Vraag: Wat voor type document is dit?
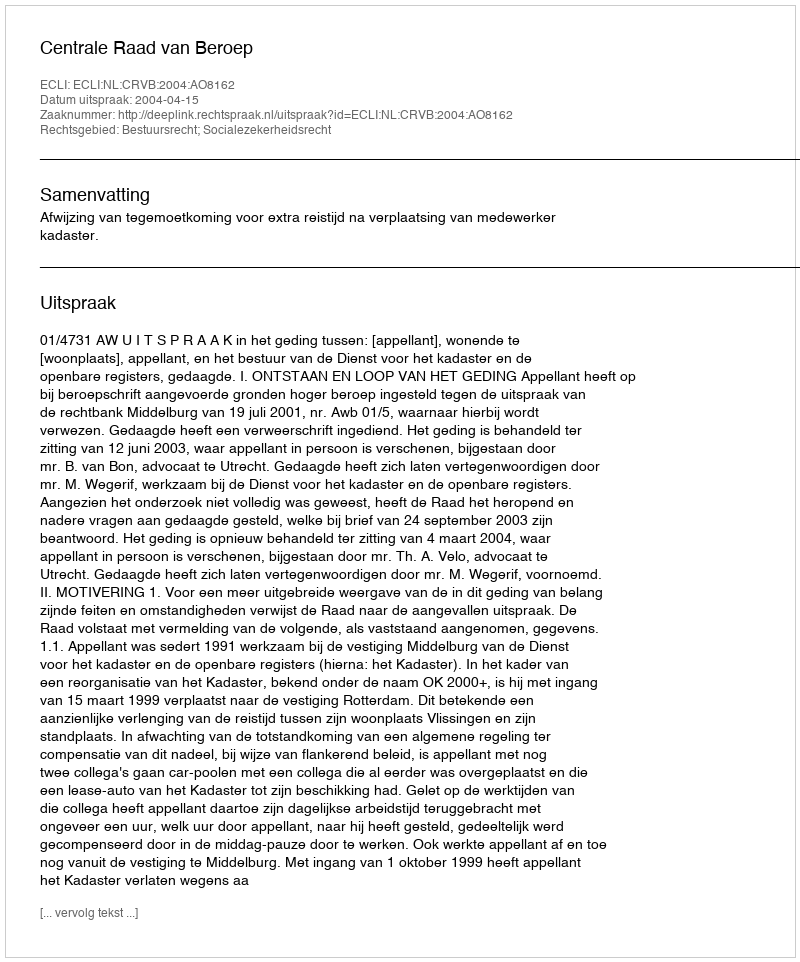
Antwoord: Uitspraak